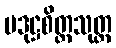
ပဒုဋ္ဌစိတ္တသုတ္တ